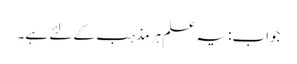
جواب:یہ علم ہر مذہب کے لئے ہے۔